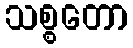
သစ္စတော